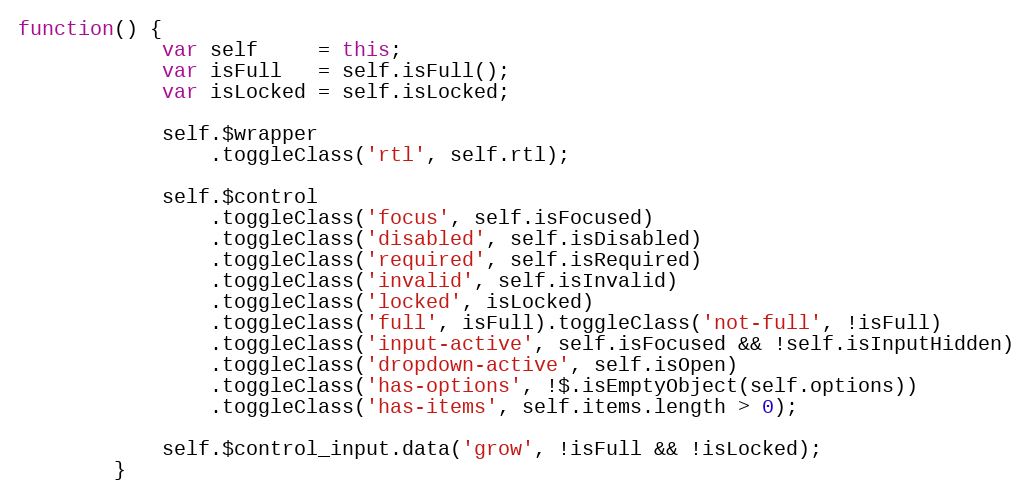
Language: JavaScript
function() {
			var self     = this;
			var isFull   = self.isFull();
			var isLocked = self.isLocked;

			self.$wrapper
				.toggleClass('rtl', self.rtl);

			self.$control
				.toggleClass('focus', self.isFocused)
				.toggleClass('disabled', self.isDisabled)
				.toggleClass('required', self.isRequired)
				.toggleClass('invalid', self.isInvalid)
				.toggleClass('locked', isLocked)
				.toggleClass('full', isFull).toggleClass('not-full', !isFull)
				.toggleClass('input-active', self.isFocused && !self.isInputHidden)
				.toggleClass('dropdown-active', self.isOpen)
				.toggleClass('has-options', !$.isEmptyObject(self.options))
				.toggleClass('has-items', self.items.length > 0);

			self.$control_input.data('grow', !isFull && !isLocked);
		}